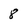
Character: 8